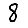
Digit: 8